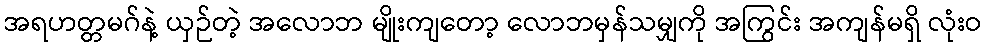
အရဟတ္တမဂ်နဲ့ ယှဉ်တဲ့ အလောဘ မျိုးကျတော့ လောဘမှန်သမျှကို အကြွင်း အကျန်မရှိ လုံးဝ